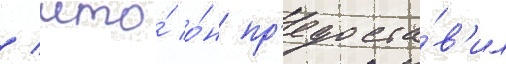
/ что́ о́н пр'едоста́в'ил